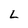
Character: L